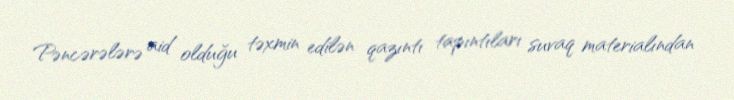
Pəncərələrə aid olduğu təxmin edilən qazıntı tapıntıları suvaq materialından